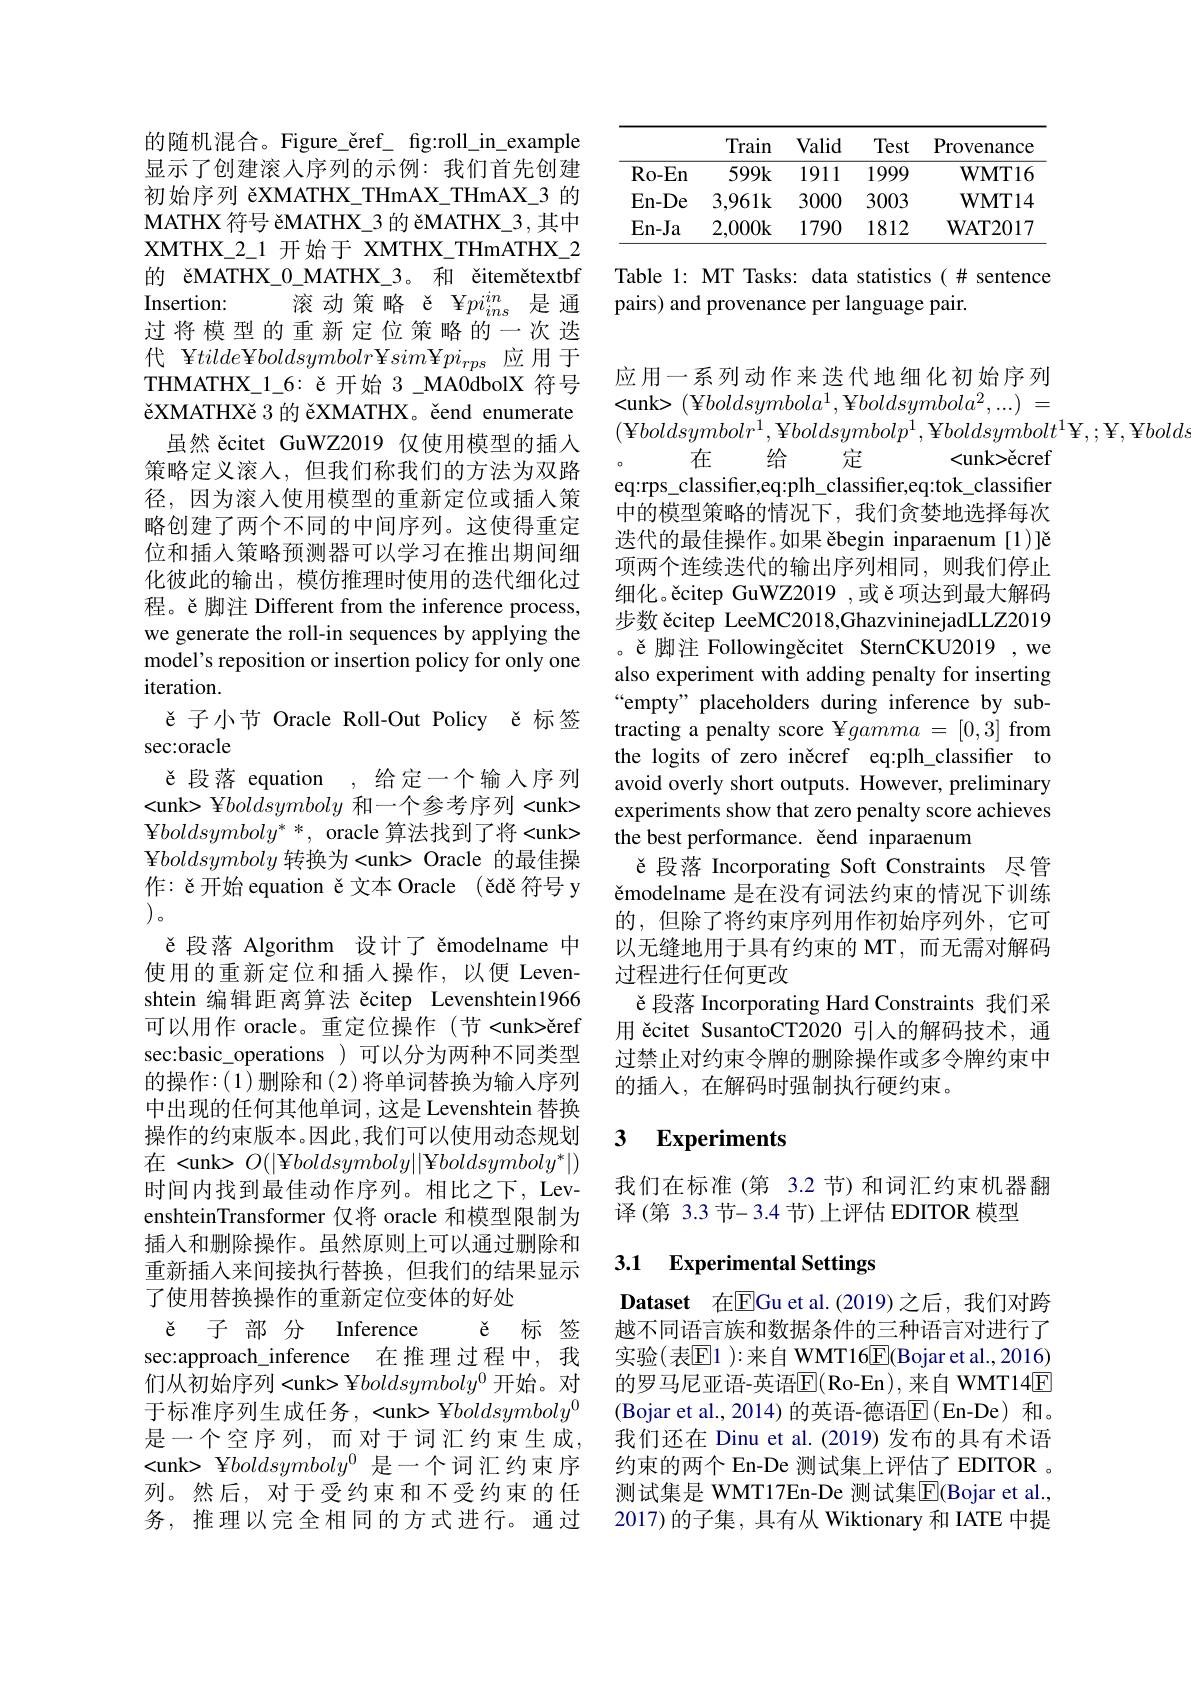
的随机混合。Figure\_ěref\_ fg:roll\_in\_example 显示了创建滚人序列的示例：我们首先创建初始序列 ěXMATHX\_THmAX\_THmAX\_3 的MATHX 符号 ёМАТНХ\_3 的 ёМАТНХ\_З , 其中XMTHX$\_$2$\_$1开始于 XMTHX\_THmATHX\_2的 ěMATHX\_0\_MATHX\_3。和 ěitemětextbf Insertion:
滚动策略 ě ¥$pi_{ins}^{in}$是通
过将模型的重新定位策略的一次选代 ¥$tilde\Psi boldsymbolr$¥sim¥$pi_rps$应用于THMATHX\_1\_6: ě 开始 3\_MA0dbolX 符号ěXMATHXě 3 的 ěXMATHX。ěend enumerate
虽然 ěcitet GuWZ2019 仅使用模型的插人策略定义滚人，但我们称我们的方法为双路径，因为滚入使用模型的重新定位或插入策略创建了两个不同的中间序列。这使得重定位和插人策略预测器可以学习在推出期间细化彼此的输出，模仿推理时使用的迭代细化过程。ě 脚注 Different from the inference process, we generate the roll-in sequences by applying the model's reposition or insertion policy for only one iteration.
ě 子小节 Oracle Roll-Out Policy ě 标签
sec:oracle
ě 段落 equation ,给定一个输人序列<unk> ¥boldsymboly和一个参考序列 <unk> ${\mathrm{Y}}boldsymboly^{*}*$, oracle 算法找到了将<unk> ${\mathbf{Y}}boldsymboly$转换为<unk> Oracle 的最佳操作：ě开始 equation ě 文本 Oracle (ědě 符号 y $\left(1,1\right)$。
ě段落 Algorithm 设计了 ěmodelname 中使用的重新定位和插入操作，以便 Levenshtein 编辑距离算法 ěcitep Levenshtein1966可以用作 oracle。重定位操作 (节<unk>ěref sec:basic\_operations )可以分为两种不同类型的操作：(1)删除和(2)将单词替换为输入序列中出现的任何其他单词，这是 Levenshtein 替换操作的约束版本。因此，我们可以使用动态规划在<unk> $O(|¥boldsymboly||¥boldsymboly^{*}|)$ 时间内找到最佳动作序列。相比之下，LevenshteinTransformer 仅将 oracle 和模型限制为插入和删除操作。虽然原则上可以通过删除和重新插入来间接执行替换，但我们的结果显示了使用替换操作的重新定位变体的好处
ě 子 部 分 Inference ě 标 签sec:approach\_inference 在推理过程中，我们从初始序列<unk> ¥$boldsymboly^{0}$开始。对

于标准序列生成任务，<unk> ¥boldsymboly$^{0}$ 是一个空序列，而对于词汇约束生成， <unk> ${\mathrm{~}}{\mathrm{~}}{\mathrm{~}}{\mathrm{~}}{\mathrm{~}}{\mathrm{~}}{\mathrm{~}}{\mathrm{~}}{\mathrm{~}}{\mathrm{~}}{\mathrm{~}}{\mathrm{~}}{\mathrm{~}}{\mathrm{~}}{\mathrm{~}}{\mathrm{~}}{\mathrm{~}}{\mathrm{~}}{\mathrm{~}}{\mathrm{~}}$ 列。然后，对于受约束和不受约束的任务，推理以完全相同的方式进行。通过

<table>
	<tbody>
		<tr>
			<th> </th>
			<th>Train</th>
			<th>Valid</th>
			<th>Test</th>
			<th>Provenance</th>
		</tr>
		<tr>
			<td>$Ro-En$</td>
			<td>599k</td>
			<td>1911</td>
			<td>1999</td>
			<td>$\mathbf{WMT16}$</td>
		</tr>
		<tr>
			<td>En-De</td>
			<td>3,961k</td>
			<td>3000</td>
			<td>3003</td>
			<td>$\mathbf{WMT14}$</td>
		</tr>
		<tr>
			<td>$En-Ja$</td>
			<td>2,000k</td>
			<td>1790</td>
			<td>1812</td>
			<td>$\mathbf{WAT2017}$</td>
		</tr>
	</tbody>
</table>

Table 1: MT Tasks: data statistics(# sentence
pairs) and provenance per language pair.

应用一系列动作来迭代地细化初始序列<unk>(¥$boldsymbola^{1}$,¥$boldsymbola^{2},...)=$ $(\Psi boldsymbolr^{1},\Psi boldsymbolp^{1},\Psi boldsymbolt^{1}\Psi,;\Psi,\Psi bolds,\Psi$
在
给
定
<unk>čcref
eq:rps\_classifer,eq:plh\_classifier,eq:tok\_classifier 中的模型策略的情况下，我们贪婪地选择每次迭代的最佳操作。如果 ěbegin inparaenum [1)]ě 项两个连续迭代的输出序列相同，则我们停止细化。čcitep GuWZ2019 ,或 č项达到最大解码步数 ěcitep LeeMC2018,GhazvininejadLLZ2019 。ě 脚注 Followingěcitet SternCKU2019 ,we also experiment with adding penalty for inserting “empty” placeholders during inference by subtracting a penalty score ¥$gamma=[0,3]$ from the logits of zero iněcref eq:plh\_classifier to avoid overly short outputs. However, preliminary experiments show that zero penalty score achieves the best performance. čend inparaenum
ě 段落 Incorporating Soft Constraints 尽管ěmodelname 是在没有词法约束的情况下训练的，但除了将约束序列用作初始序列外，它可以无缝地用于具有约束的 MT,而无需对解码过程进行任何更改
ě 段落 Incorporating Hard Constraints 我们采用 ěcitet SusantoCT2020 引入的解码技术，通过禁止对约束令牌的删除操作或多令牌约束中的插入，在解码时强制执行硬约束。

### 3 $\textbf{Experiments}$

我们在标准(第 3.2 节)和词汇约束机器翻
译(第 3.3 节-3.4 节)上评估 EDITOR 模型

## 3.1 $\textbf{Experimental Settings}$

Dataset 在EGu et al.(2019)之后，我们对跨越不同语言族和数据条件的三种语言对进行了实验(表$\mathbb{E}1$ ):来自 WMT16$\underline{\mathrm{E}}($Bojar et al.,2016) 的罗马尼亚语-英语$\overline{\mathrm{E}}($Ro-En),来自 WMT14E (Bojar et al.,2014)的英语-德语$\boxed{\mathrm{F}}($En-De)和。我们还在 Dinu et al.(2019)发布的具有术语约束的两个 En-De 测试集上评估了 EDITOR 。测试集是 WMT17En-De 测试集$\overline{\mathrm{E}}($Bojar et al., 2017)的子集，具有从 Wiktionary 和 IATE 中提